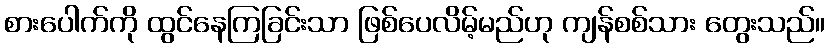
စားပေါက်ကို ထွင်နေကြခြင်းသာ ဖြစ်ပေလိမ့်မည်ဟု ကျန်စစ်သား တွေးသည်။